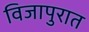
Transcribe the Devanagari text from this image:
विजापुरात